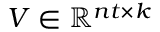
V \in \mathbb { R } ^ { n t \times k }